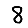
Digit: 8